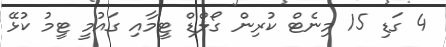
4 ގަޑި 15 މިނެޓް ކުރިން ގޯލްޑް ޓީމާއި ގައުމީ ޓީމު ކުޅޭ